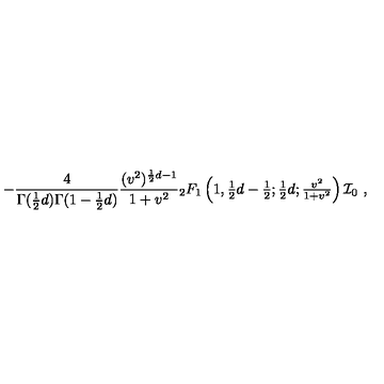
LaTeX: - \frac { 4 } { \Gamma ( \frac { 1 } { 2 } d ) \Gamma ( 1 - \frac { 1 } { 2 } d ) } \frac { ( v ^ { 2 } ) ^ { \frac { 1 } { 2 } d - 1 } } { 1 + v ^ { 2 } } { } _ { 2 } F _ { 1 } \left( { \textstyle { 1 , \frac { 1 } { 2 } d - \frac { 1 } { 2 } ; \frac { 1 } { 2 } d ; \frac { v ^ { 2 } } { 1 + v ^ { 2 } } } } \right) { \cal I } _ { 0 } \ ,